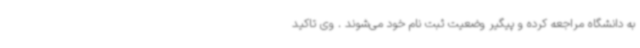
به دانشگاه مراجعه کرده و پیگیر وضعیت ثبت نام خود می‌شوند . وی تاکید